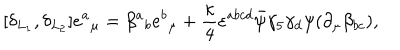
[ \delta _ { L _ { 1 } } , \delta _ { L _ { 2 } } ] e { ^ a } _ { \mu } = \beta { ^ a } _ { b } e { ^ b } _ { \mu } + { \frac { \kappa } { 4 } } \varepsilon ^ { a b c d } \bar { \psi } \gamma _ { 5 } \gamma _ { d } \psi ( \partial _ { \mu } \beta _ { b c } ) ,